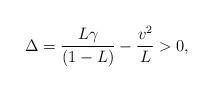
LaTeX: \begin{align*}\Delta = \frac{L\gamma}{(1-L)} - \frac{v^{2}}{L} > 0,\end{align*}